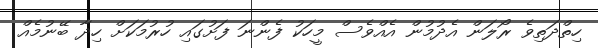
ހިތްދަތިވެ ރޯލަން އެދުމުން އެއްވެސް މީހަކު ފެންނަ ފަށުގައި ހުރުމަކަށް ހިދާ ބޭނުމެއް